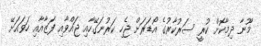
މޫނާ ދިމާކޮށް ކުރީ ސަރުކާރުގެ އޯޑަރަށް ޖެހި ކަރުނަގޭހާއި ޖައްވާއި ފަޒާއާއި ހަވައަށޭ